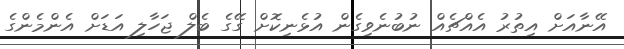
އޭނާއަށް އިތުރު އެއްޗެއް ނުބުނެވިގެން އުޅެނިކޮށް ގޭގެ ބެލް ޖަހާލި އަޑަށް އެންމެންގެ